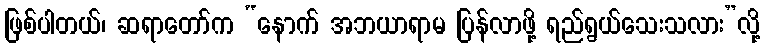
ဖြစ်ပါတယ်၊ ဆရာတော်က “နောက် အဘယာရာမ ပြန်လာဖို့ ရည်ရွယ်သေးသလား”လို့